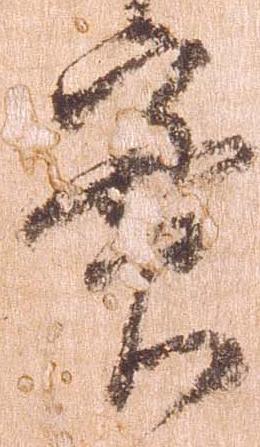
実